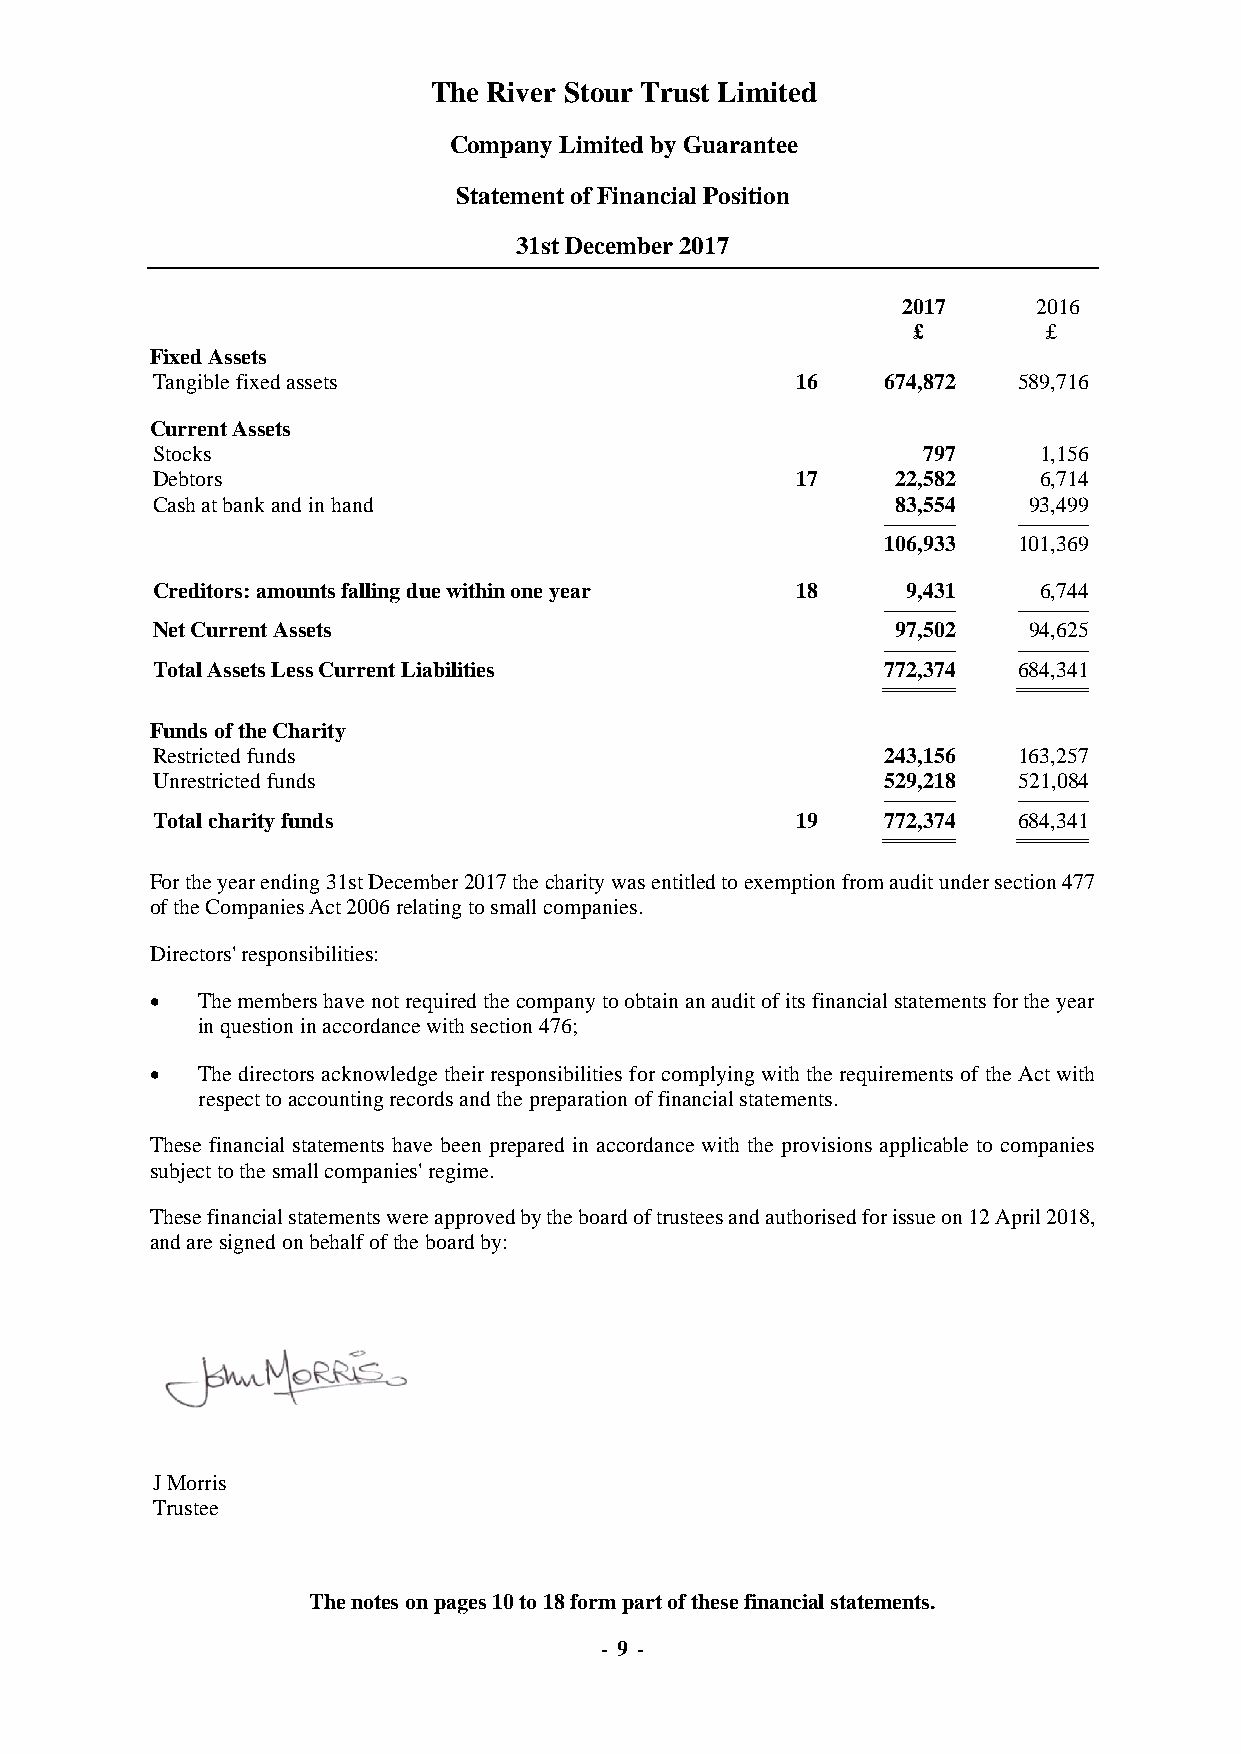
The River Stour Trust Limited
 Company Limited by Guarantee
 Statement of Financial Position
 31st December 2017
 2017     2016
 £        £
 Fixed Assets
 Tangible fixed assets                      16    674,872 589,716
 Current Assets
 Stocks                                             797     1,156
 Debtors                                    17    22,582    6,714
 Cash at bank and in hand                         83,554   93,499
 ----------------------------------- -----------------------------------
 106,933 101,369
 Creditors: amounts falling due within one year 18 9,431    6,744
 ----------------------------------- -----------------------------------
 Net Current Assets                               97,502   94,625
 ----------------------------------- -----------------------------------
 Total Assets Less Current Liabilities            772,374 684,341
 =================================== ===================================
 Funds of the Charity
 Restricted funds                                 243,156 163,257
 Unrestricted funds                               529,218 521,084
 ----------------------------------- -----------------------------------
 Total charity funds                        19    772,374 684,341
 =================================== ===================================
 For the year ending 31st December 2017 the charity was entitled to exemption from audit under section 477
 of the Companies Act 2006 relating to small companies.
 Directors' responsibilities:
 •  The members have not required the company to obtain an audit of its financial statements for the year
 in question in accordance with section 476;
 •  The directors acknowledge their responsibilities for complying with the requirements of the Act with
 respect to accounting records and the preparation of financial statements.
 These financial statements have been prepared in accordance with the provisions applicable to companies
 subject to the small companies' regime.
 These financial statements were approved by the board of trustees and authorised for issue on 12 April 2018,
 and are signed on behalf of the board by:
 J Morris
 Trustee
 The notes on pages 10 to 18 form part of these financial statements.
 - 9 -